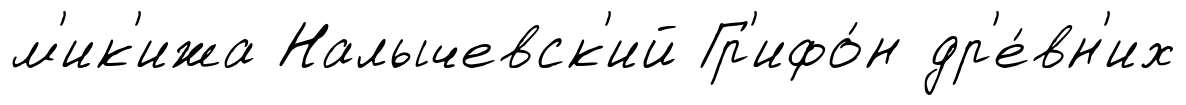
м'ик'ижа Налычевск'ий Гр'ифо́н др'е́вн'их